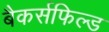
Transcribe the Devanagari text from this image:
बैकर्सफिल्ड